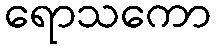
ရောသကော